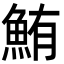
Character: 鮪